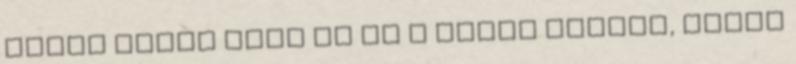
éppen akkor tört ki ez a büdös háború, mikor